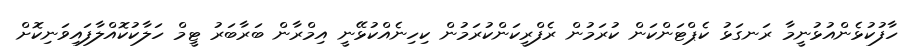
ހާފުކުޅެންއުޅުނީމާ ރަނގަޅު ކެޕްޓަންކަން ކުރަމުން ރެފްރީކަންކުރަމުން ކިހިނެއްކުޅޭނީ އިމްރާން ބަރާބަރު ޓީމް ހަލާކުކޮއްލާފައިވަނިކޮށް